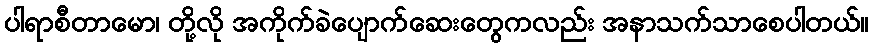
ပါရာစီတာမော၊ တို့လို အကိုက်ခဲပျောက်ဆေးတွေကလည်း အနာသက်သာစေပါတယ်။